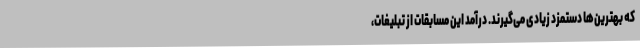
که بهترین‌ها دستمزد زیادی می‌گیرند. درآمد این مسابقات از تبلیغات،